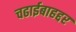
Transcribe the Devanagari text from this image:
चढाईबाहद्दर